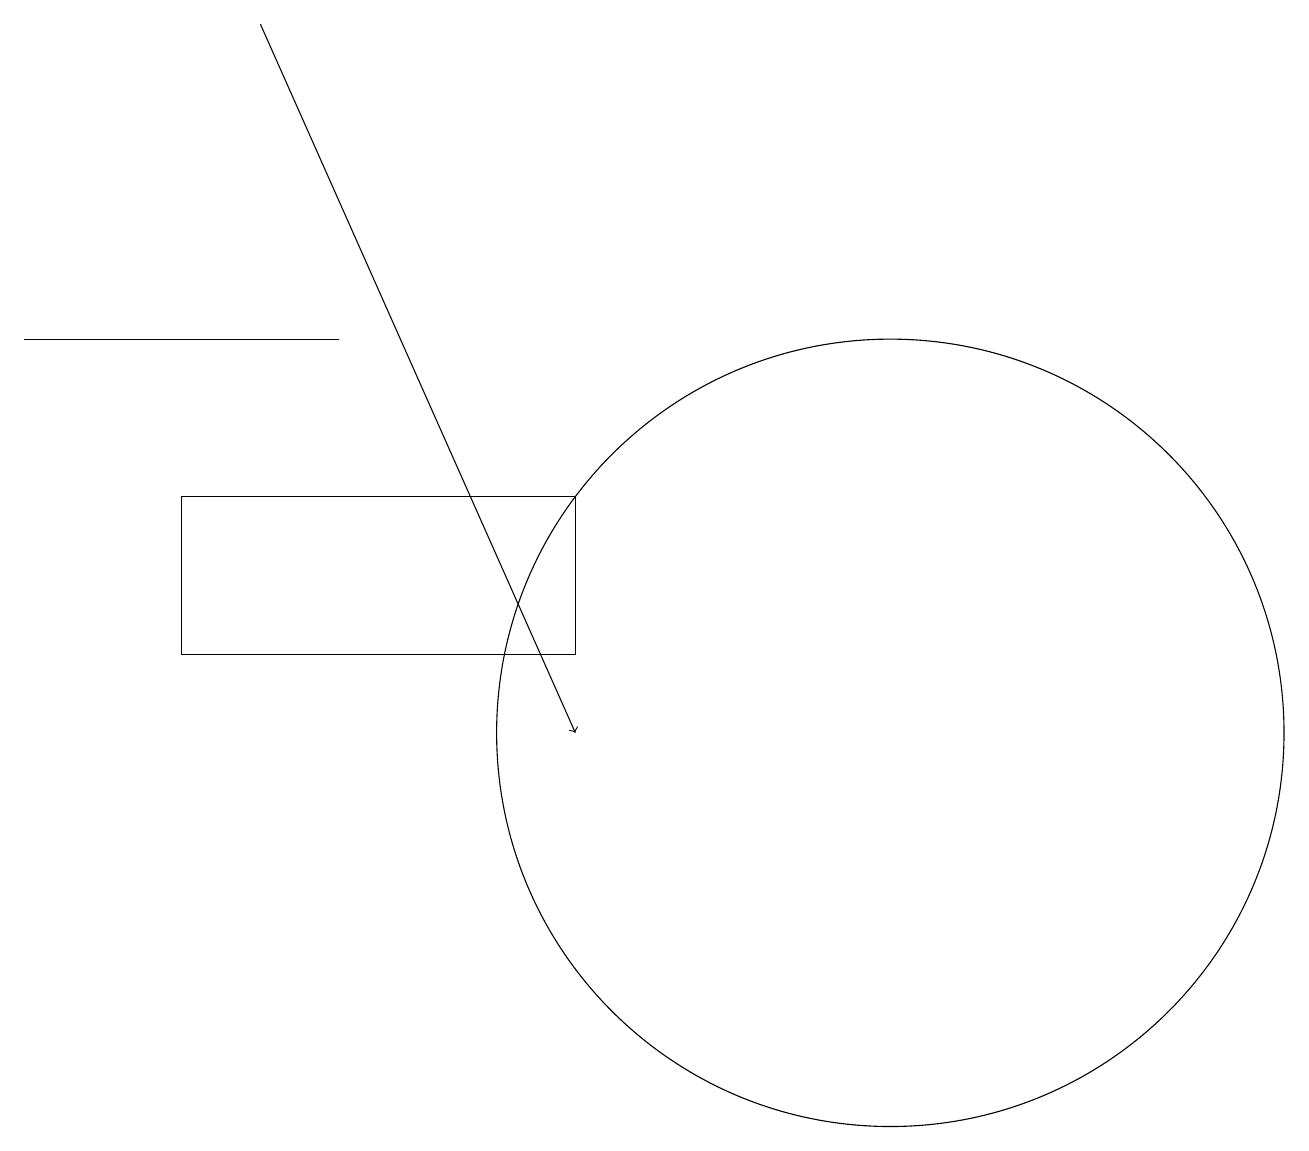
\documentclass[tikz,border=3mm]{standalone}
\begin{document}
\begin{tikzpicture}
\draw[->] (3,19) -- (7,10);
\draw (2,11) rectangle (7,13);
\draw (4,15) rectangle (0,15);
\draw (11,10) circle (5);
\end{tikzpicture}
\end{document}